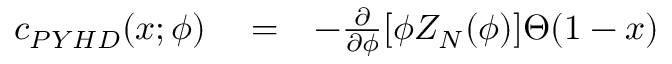
\begin{array} { r l r } { c _ { P Y H D } ( x ; \phi ) } & { { } = } & { - \frac { \partial } { \partial \phi } [ \phi Z _ { N } ( \phi ) ] \Theta ( 1 - x ) } \end{array}